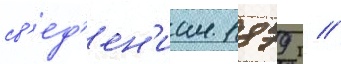
св'ед'ен'иам 1879 г //